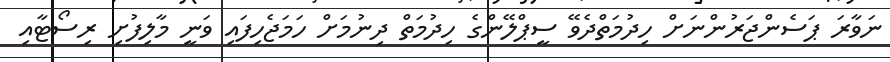
ނަވާރަ ޕަސެންޖަރުންނަށް ހިދުމަތްދެވޭ ސީޕްލޭންގެ ހިދުމަތް ދިނުމަށް ހަމަޖެހިފައި ވަނީ މާލިފުށި ރިސޯޓާއި